Scottish Leaving Certificate Examination, 1959
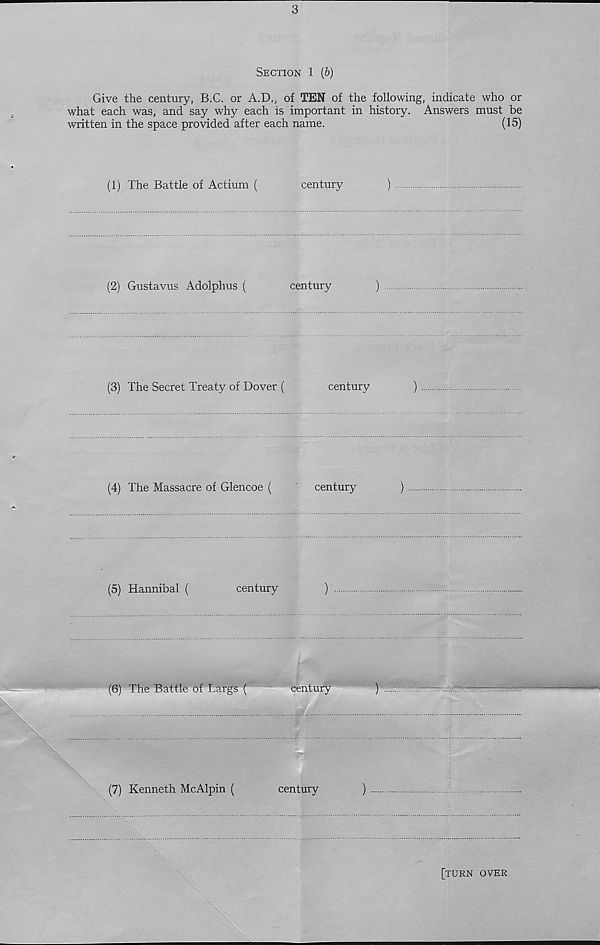
3
Section 1 (b)
Give the century, B.C. or A.D., of TEN of the following, indicate who or
what each was, and say why each is important in history. Answers must be
written in the space provided after each name.
(15)
(1) The Battle of Actium (
century
)
(2) Gustavus Adolphus (
century
)
(3) The Secret Treaty of Dover (
century
)
(4) The Massacre of Glencoe (
century
)
(5) Hannibal (
century
)
(6) The Battle of Largs (
century
)
(7) Kenneth McAlpin (
century
)
[turn over